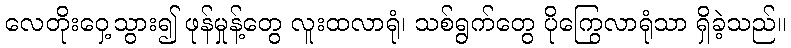
လေတိုးဝှေ့သွား၍ ဖုန်မှုန့်တွေ လူးထလာရုံ၊ သစ်ရွက်တွေ ပိုကြွေလာရုံသာ ရှိခဲ့သည်။